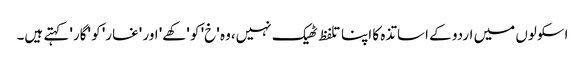
اسکولوں میں اردو کے اساتذہ کا اپنا تلفظ ٹھیک نہیں،وہ 'خ' کو 'کھے' اور 'غار' کو 'گار' کہتے ہیں۔